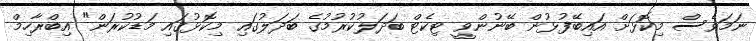
ނަމަވެސް މިކޮޅަށް އައިބޭފުޅުން ބޭނުންވީ ޓިކެޓް ބަދަލުކުރުމުގެ ބަދަލުގައި މިކޮޅުގައި މަޑުކުރަން" އިބްރާހިމް